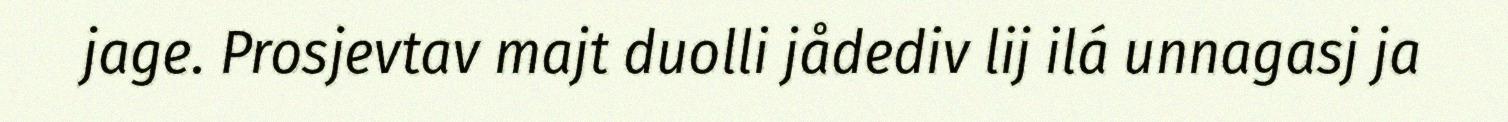
jage. Prosjevtav majt duolli jådediv lij ilá unnagasj ja